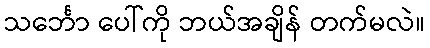
သင်္ဘော ပေါ်ကို ဘယ်အချိန် တက်မလဲ။